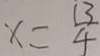
x = \frac { 1 3 } { 4 }